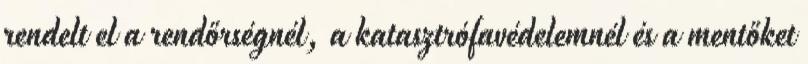
rendelt el a rendőrségnél, a katasztrófavédelemnél és a mentőket